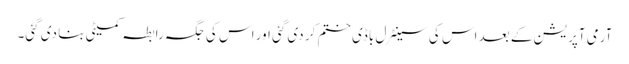
آرمی آپریشن کے بعد اس کی سینٹرل باڈی ختم کر دی گئی اور اس کی جگہ رابطہ کمیٹی بنا دی گئی۔